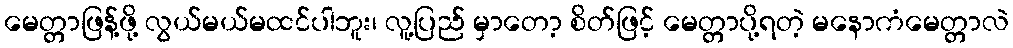
မေတ္တာဖြန့်ဖို့ လွယ်မယ်မထင်ပါဘူး၊ လူ့ပြည် မှာတော့ စိတ်ဖြင့် မေတ္တာပို့ရတဲ့ မနောကံမေတ္တာလဲ